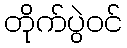
တိုက်ပွဲဝင်